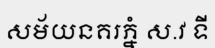
សម័យនគរភ្នំ ស.វ ទី